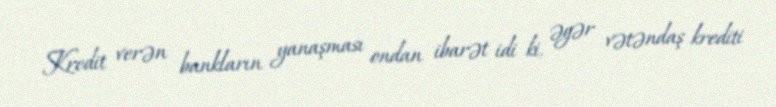
Kredit verən bankların yanaşması ondan ibarət idi ki, əgər vətəndaş krediti